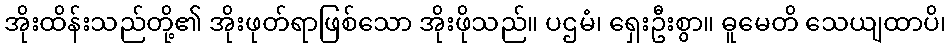
အိုးထိန်းသည်တို့၏ အိုးဖုတ်ရာဖြစ်သော အိုးဖိုသည်။ ပဌမံ၊ ရှေးဦးစွာ။ ဓူမေတိ သေယျထာပိ၊